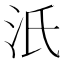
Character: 汦